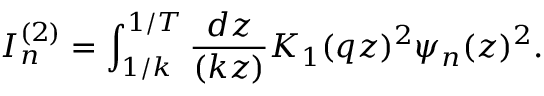
I _ { n } ^ { ( 2 ) } = \int _ { 1 / k } ^ { 1 / T } { \frac { d z } { ( k z ) } } K _ { 1 } ( q z ) ^ { 2 } \psi _ { n } ( z ) ^ { 2 } .